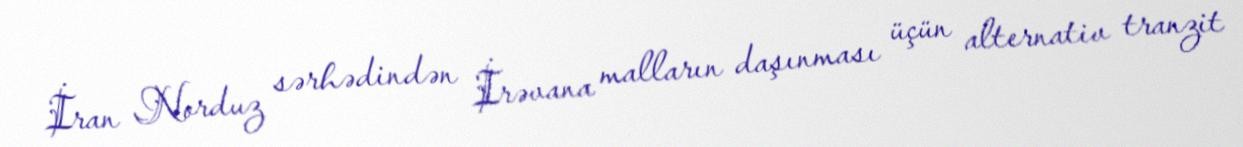
İran Norduz sərhədindən İrəvana malların daşınması üçün alternativ tranzit